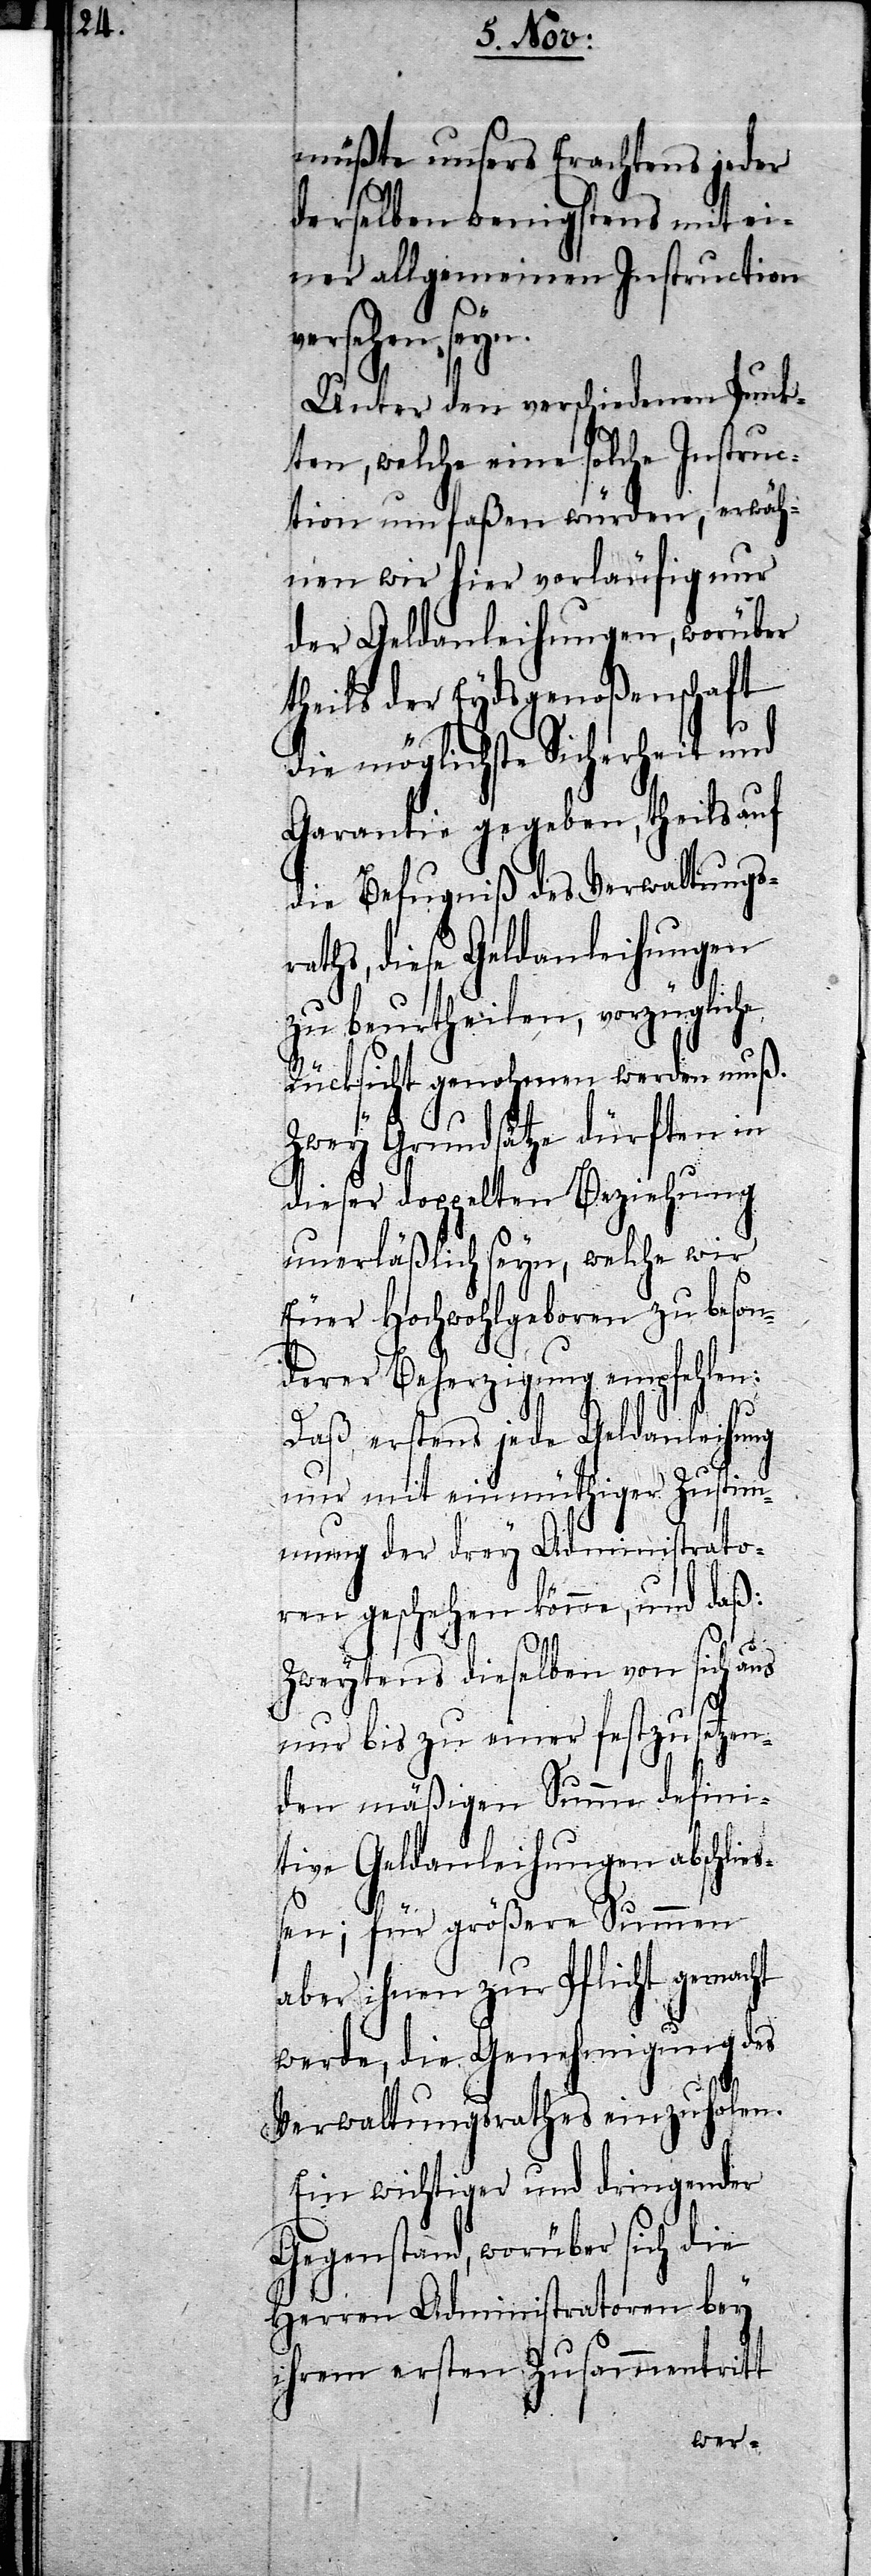
müßte unsers Erachtens jeder
derselben wenigstens mit ei¬
ner allgemeinen Instruction
versehen seyn.
Unter den verschiedenen Punk¬
ten, welche eine solche Instruc¬
tion umfaßen würden, erwäh¬
nen wir hier vorläufig nur
der Geldanleihungen, worüber
theils der Eydsgenoßenschaft
die möglichste Sicherheit und
Garantie gegeben, theils auf
die Befugniß des Verwaltungsr¬
aths, diese Geldanleihungen
zu beurtheilen, vorzügliche
Rücksicht genohmen werden muß.
Zwey Grundsätze dürften in
dieser doppelten Beziehung
unerläßlich seyn, welche wir
Euer Hochwohlgeboren zu beson¬
derer Beherzigung empfehlen:
Daß erstens jede Geldanleihung
nur mit einmüthiger Zustim¬
mung der drey Administrato¬
ren geschehen könne, und daß:
Zweytens dieselben von sich aus
nur bis zu einer festzusetzen¬
den mäßigen Summe defini¬
tive Geldanleihungen abschließ¬
en; für größere Summen
aber ihnen zur Pflicht gemacht
werde, die Genehmigung des
Verwaltungsrathes einzuholen.
Ein wichtiger und dringender
Gegenstand, worüber sich die
Herren Administratoren bey
ihrem ersten Zusammentritt